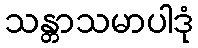
သန္တာသမာပါဒုံ